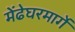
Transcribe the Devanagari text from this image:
मेंढेघरमार्गे